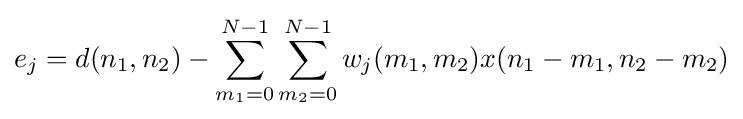
e_{j}=d(n_{1},n_{2})-\sum _{m_{1}=0}^{N-1}\sum _{m_{2}=0}^{N-1}w_{j}(m_{1},m_{2})x(n_{1}-m_{1},n_{2}-m_{2})